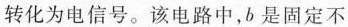
转化为电信号。该电路中，b是固定不